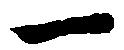
一